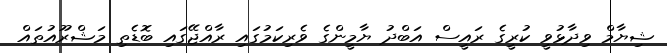
ޝިޔާމް ވިދާޅުވީ ކުރީގެ ރައީސް އަބްދު ޔާމީންގެ ވެރިކަމުގައި ރާއްޖޭގައި ބޮޑެތި މަޝްރޫއުތައް